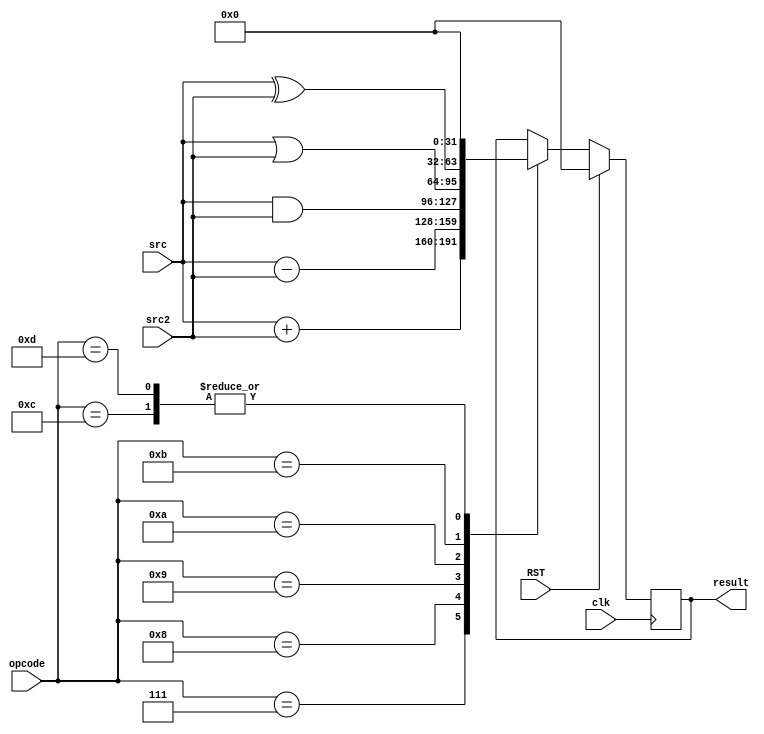
module alu(
	input wire clk,
	input wire RST,
	input wire [31:0] src,
	input wire [31:0] src2,
	input wire [3:0] opcode,
    output reg [31:0] result
);

always @(posedge clk) 
begin
    if(!RST)
    begin
        case (opcode)
            4'b0111:    // ADD
            begin
                result <= src + src2;
            end
            4'b1000:    // SUB
            begin
                result <= src - src2;
            end
            4'b1001:    // AND
            begin
                result <= src & src2;
            end
            4'b1010:    // OR
            begin
                result <= src | src2;
            end
            4'b1011:    // XOR
            begin
                result <= src ^ src2;
            end
            4'b1100:    // SHROL
            begin
                result <= 32'b0;
            end
            4'b1101:    // SHROR
            begin
                result <= 32'b0;
            end
        endcase
    end else begin
        result <= 32'b0;
    end
end

endmodule